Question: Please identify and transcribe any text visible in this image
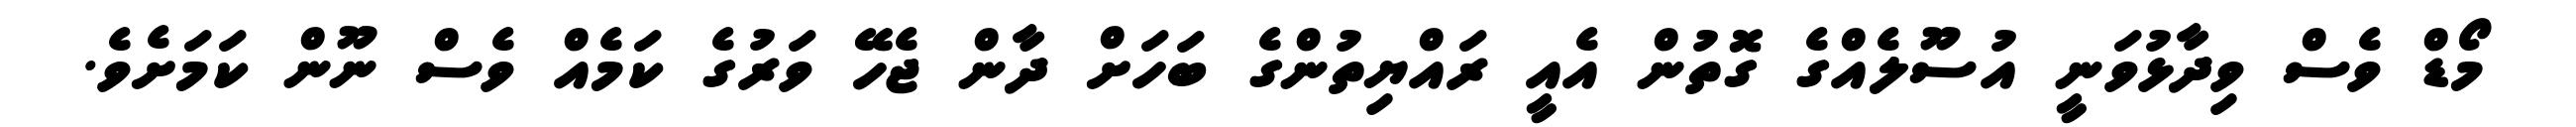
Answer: މޯޑް ވެސް ވިދާޅުވަނީ އުސޫލެއްގެ ގޮތުން އެއީ ރައްޔިތުންގެ ބަހަށް ދާން ޖެހޭ ވަރުގެ ކަމެއް ވެސް ނޫން ކަމަށެވެ.